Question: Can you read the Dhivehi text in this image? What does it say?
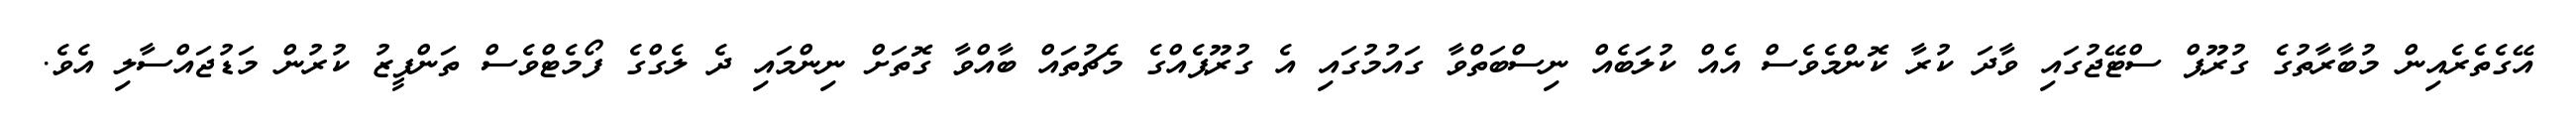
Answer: އޭގެތެރެއިން މުބާރާތުގެ ގުރޫޕް ސްޓޭޖުގައި ވާދަ ކުރާ ކޮންމެވެސް އެއް ކުލަބެއް ނިސްބަތްވާ ގައުމުގައި އެ ގުރޫޕެއްގެ މެޗުތައް ބާއްވާ ގޮތަށް ނިންމައި ދެ ލެގްގެ ފޯމެޓްވެސް ތަންފީޒު ކުރުން މަޑުޖައްސާލި އެވެ.